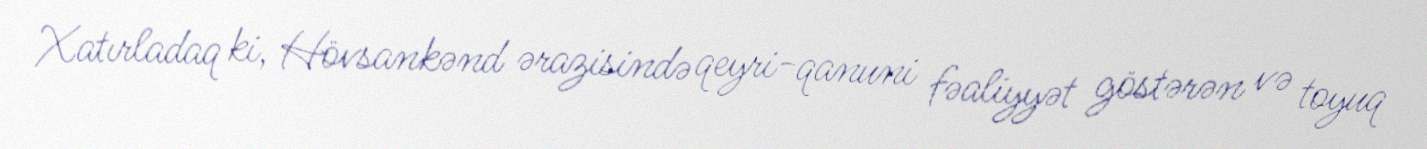
Xatırladaq ki, Hövsankənd ərazisində qeyri-qanuni fəaliyyət göstərən və toyuq